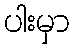
ပါးမှာ